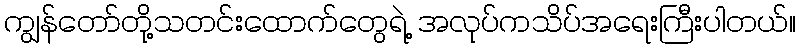
ကျွန်တော်တို့သတင်းထောက်တွေရဲ့ အလုပ်ကသိပ်အရေးကြီးပါတယ်။